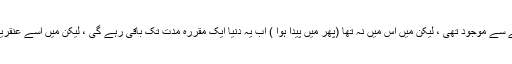
بے شک یہ دنیا پہلے سے موجود تھی ، لیکن میں اس میں نہ تھا (پھر میں پیدا ہوا ) اب یہ دنیا ایک مقررہ مدت تک باقی رہے گی ، لیکن میں اسے عنقریب چھوڑ جائو ں گا ۔